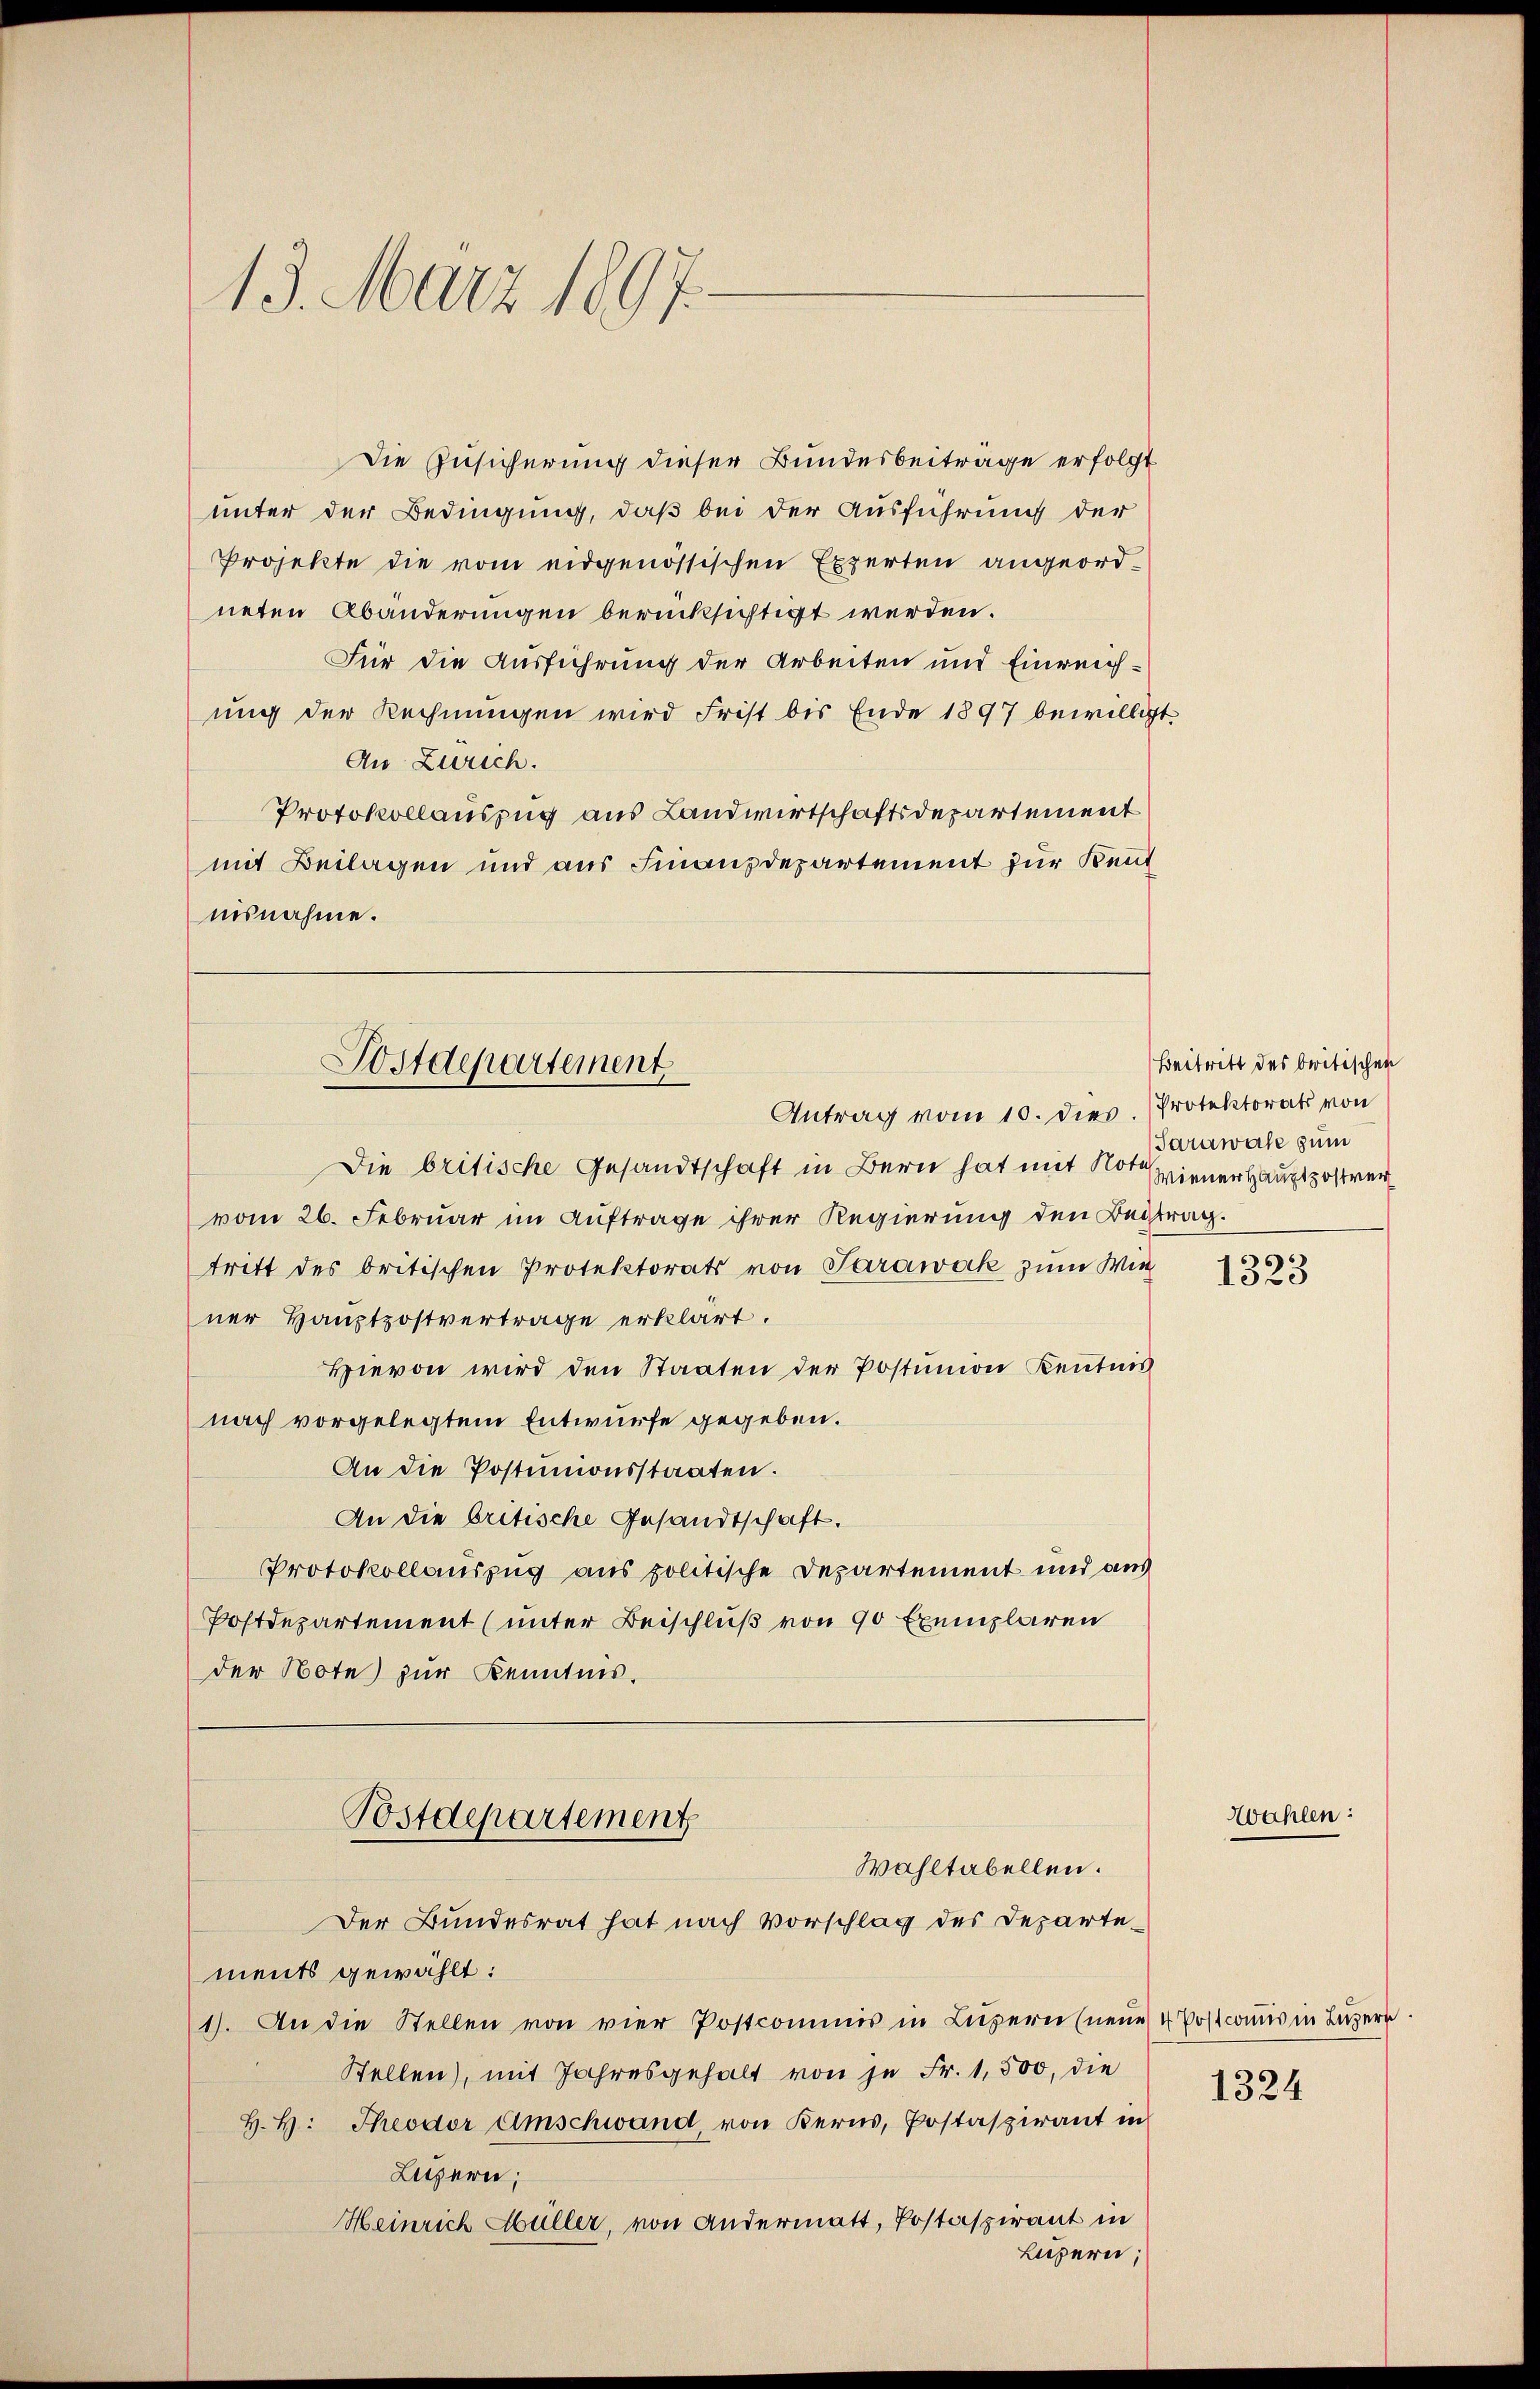
13. März 1897.

Die Zusicherung dieser Bundesbeiträge erfolgt
unter der Bedingung, daß bei der Ausführung der
Projekte die vom eidgenössischen Experten angeordneten Abänderungen berücksichtigt werden.
Für die Ausführung der Arbeiten und Einreichung der Rechnungen wird Frist bis Ende 1897 bewilligt.
An Zürich.
Protokollauszug aus Landwirtschaftsdepartement
mit Beilagen und aus Finanzdepartement zur Kent
nisnahme.

Postdepartement
Antrag vom 10. dies. Protektorats von

Die britische Gesandtschaft in Bern hat mit Noter Wiener Hauptpostrei
vom 26. Februar im Auftrage ihrer Regierung den Beitrag.
tritt des britischen Protektorats von Sarawak zum Wiener Hauptpostvertrage erklärt.
Hievon wird den Staaten der Postunion Kenntnis
nach vorgelegtem Entwurfe gegeben.
An die Postunionsstaaten.
An die britische Gesandtschaft.
Protokollauszug aus politische Departement und aus
Postdepartement (unter Beischluß von 90 Exemplaren
der Note zur Kenntnis.

Postdepartement
Wahltabellen.
Der Bundesrat hat nach Vorschlag des Departe¬

ments gewählt:
1). An die Stellen von vier Postcommis in Luzern (neŭe 4 Postcomis in Luzern
Stellen), mit Jahresgehalt von je Fr. 1,500, die
H. H. Theodor Umschwand, von Kerns, Postaspirant in
Luzern;
Heinrich Hüller, von andermatt, Postaspirant in
Luzern;

Beitritt des britischen
Tarawale zum

6
1523

Wahlen:

1324